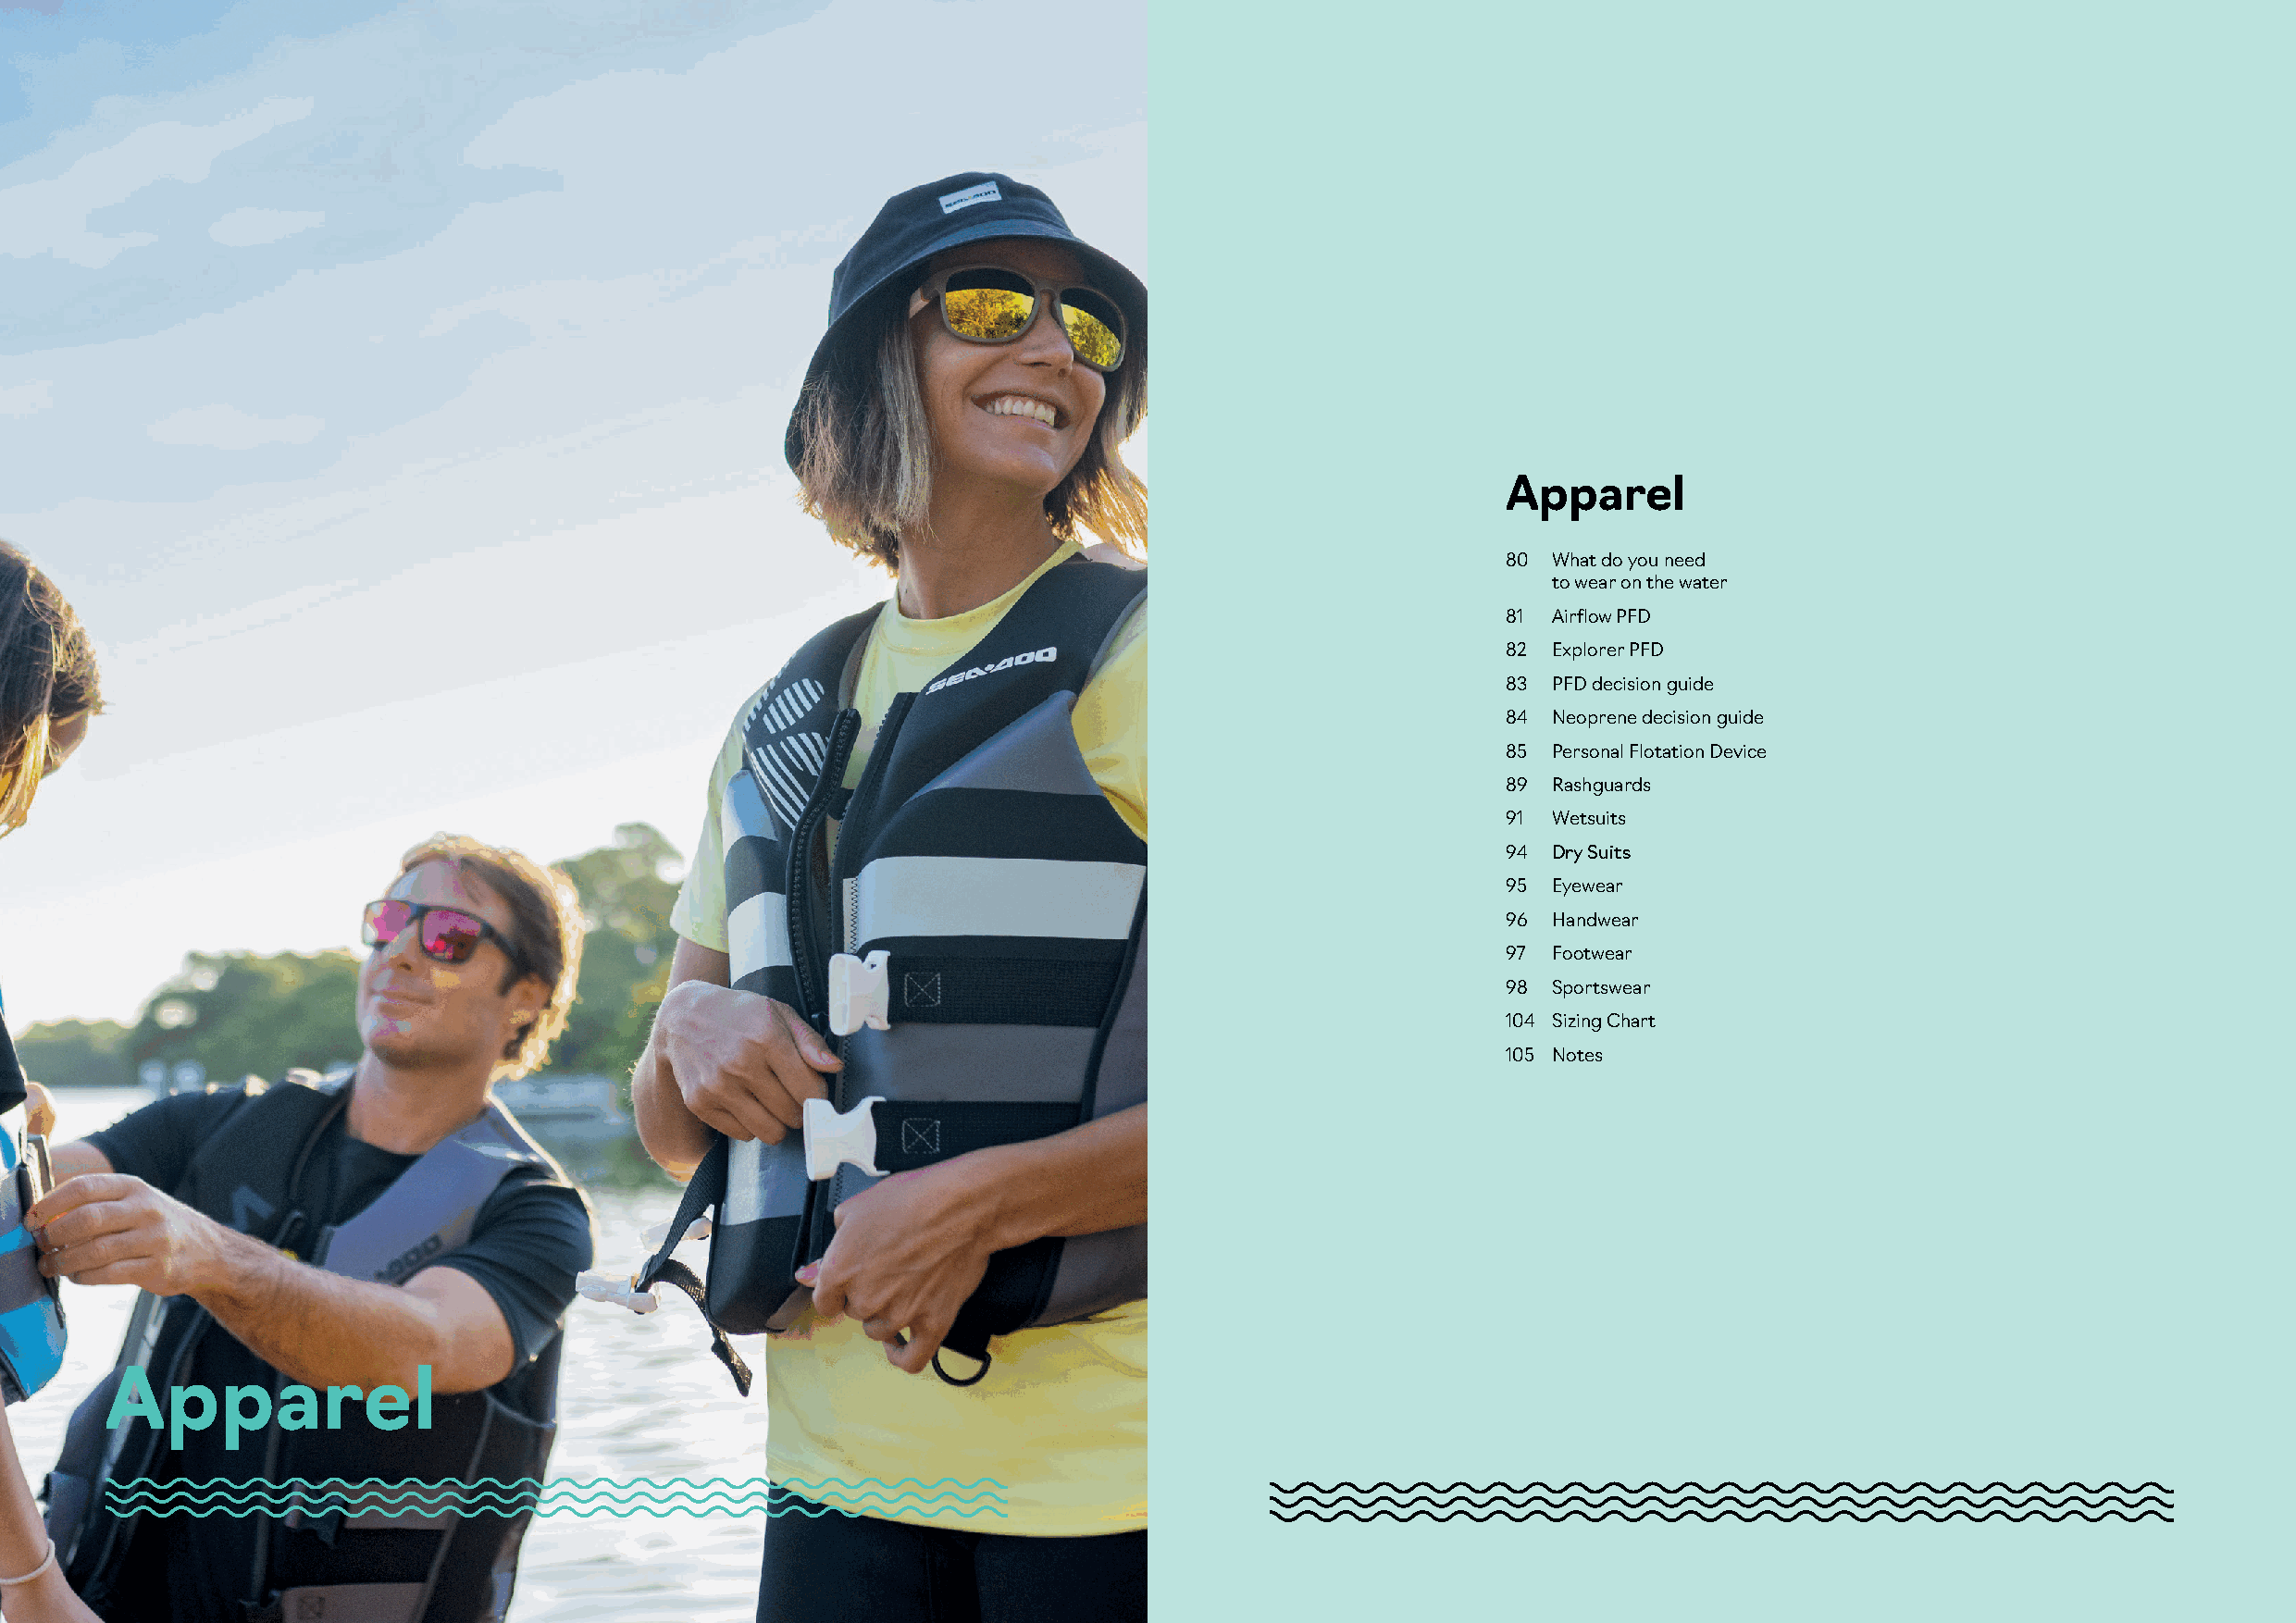
Apparel
 80 What do you need
 to wear on the water
 81 Airflow PFD
 82 Explorer PFD
 83 PFD decision guide
 84 Neoprene decision guide
 85 Personal Flotation Device
 89 Rashguards
 91 Wetsuits
 94 Dry Suits
 95 Eyewear
 96 Handwear
 97 Footwear
 98 Sportswear
 104 Sizing Chart
 105 Notes
 Apparel